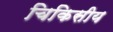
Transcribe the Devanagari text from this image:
चिकिसीय